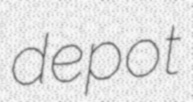
depot